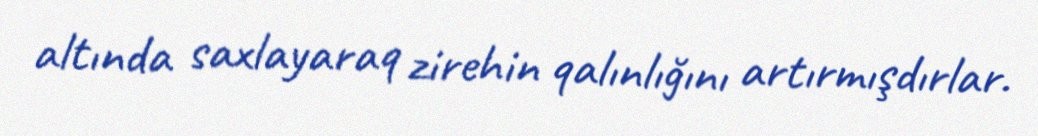
altında saxlayaraq zirehin qalınlığını artırmışdırlar.